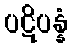
ပဋိပန္နံ